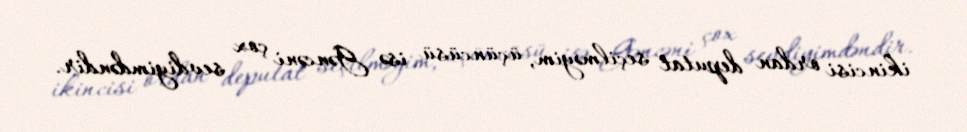
ikincisi ordan deputat seçilməyim, üçüncüsü isə Gəncəni çox sevdiyimdəndir.